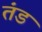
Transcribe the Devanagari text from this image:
तंड